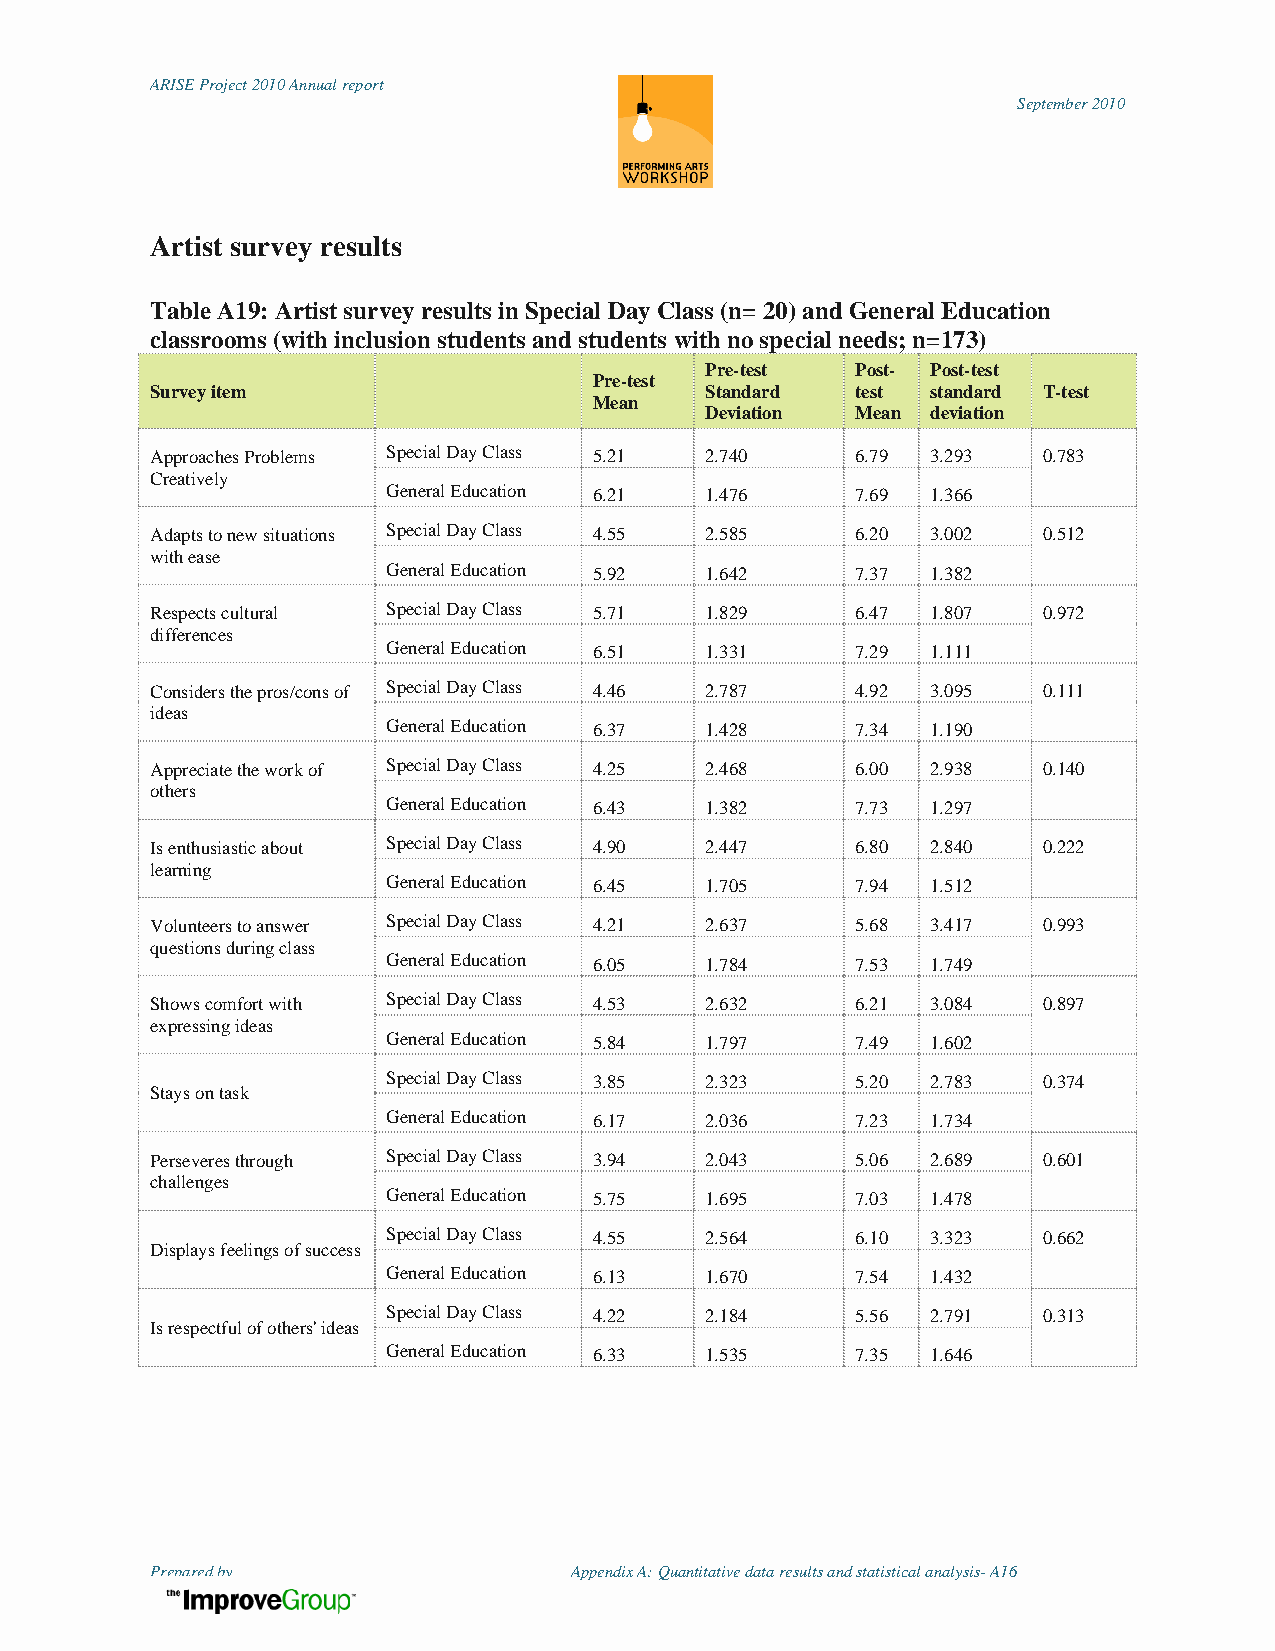
ARISE Project 2010 Annual report
 September 2010
 Artist survey results
 Table A19: Artist survey results in Special Day Class (n= 20) and General Education
 classrooms (with inclusion students and students with no special needs; n=173)
 Pre-test  Post- Post-test
 Pre-test
 Survey item                          Standard  test standard T-test
 Mean
 Deviation Mean deviation
 Approaches Problems Special Day Class 5.21 2.740 6.79 3.293 0.783
 Creatively
 General Education 6.21 1.476   7.69 1.366
 Adapts to new situations Special Day Class 4.55 2.585 6.20 3.002 0.512
 with ease
 General Education 5.92 1.642   7.37 1.382
 Respects cultural Special Day Class 5.71 1.829 6.47 1.807  0.972
 differences
 General Education 6.51 1.331   7.29 1.111
 Considers the pros/cons of Special Day Class 4.46 2.787 4.92 3.095 0.111
 ideas
 General Education 6.37 1.428   7.34 1.190
 Appreciate the work of Special Day Class 4.25 2.468 6.00 2.938 0.140
 others
 General Education 6.43 1.382   7.73 1.297
 Is enthusiastic about Special Day Class 4.90 2.447 6.80 2.840 0.222
 learning
 General Education 6.45 1.705   7.94 1.512
 Volunteers to answer Special Day Class 4.21 2.637 5.68 3.417 0.993
 questions during class
 General Education 6.05 1.784   7.53 1.749
 Shows comfort with Special Day Class 4.53 2.632 6.21 3.084 0.897
 expressing ideas
 General Education 5.84 1.797   7.49 1.602
 Special Day Class 3.85 2.323   5.20 2.783  0.374
 Stays on task
 General Education 6.17 2.036   7.23 1.734
 Perseveres through Special Day Class 3.94 2.043 5.06 2.689 0.601
 challenges
 General Education 5.75 1.695   7.03 1.478
 Special Day Class 4.55 2.564   6.10 3.323  0.662
 Displays feelings of success
 General Education 6.13 1.670   7.54 1.432
 Special Day Class 4.22 2.184   5.56 2.791  0.313
 Is respectful of others' ideas
 General Education 6.33 1.535   7.35 1.646
 Prepared by                 Appendix A: Quantitative data results and statistical analysis- A16